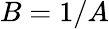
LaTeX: B=1/A